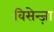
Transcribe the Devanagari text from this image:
विसेन्ज़ा